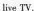
live TV.